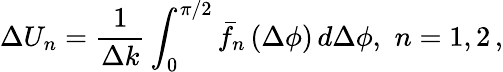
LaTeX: \Delta U_{n}=\frac{1}{\Delta k}\int_{0}^{\pi/2}{\bar{f}}_{n}\left(\Delta\phi\right)\, d\Delta\phi,\, \, n=1,2\, ,